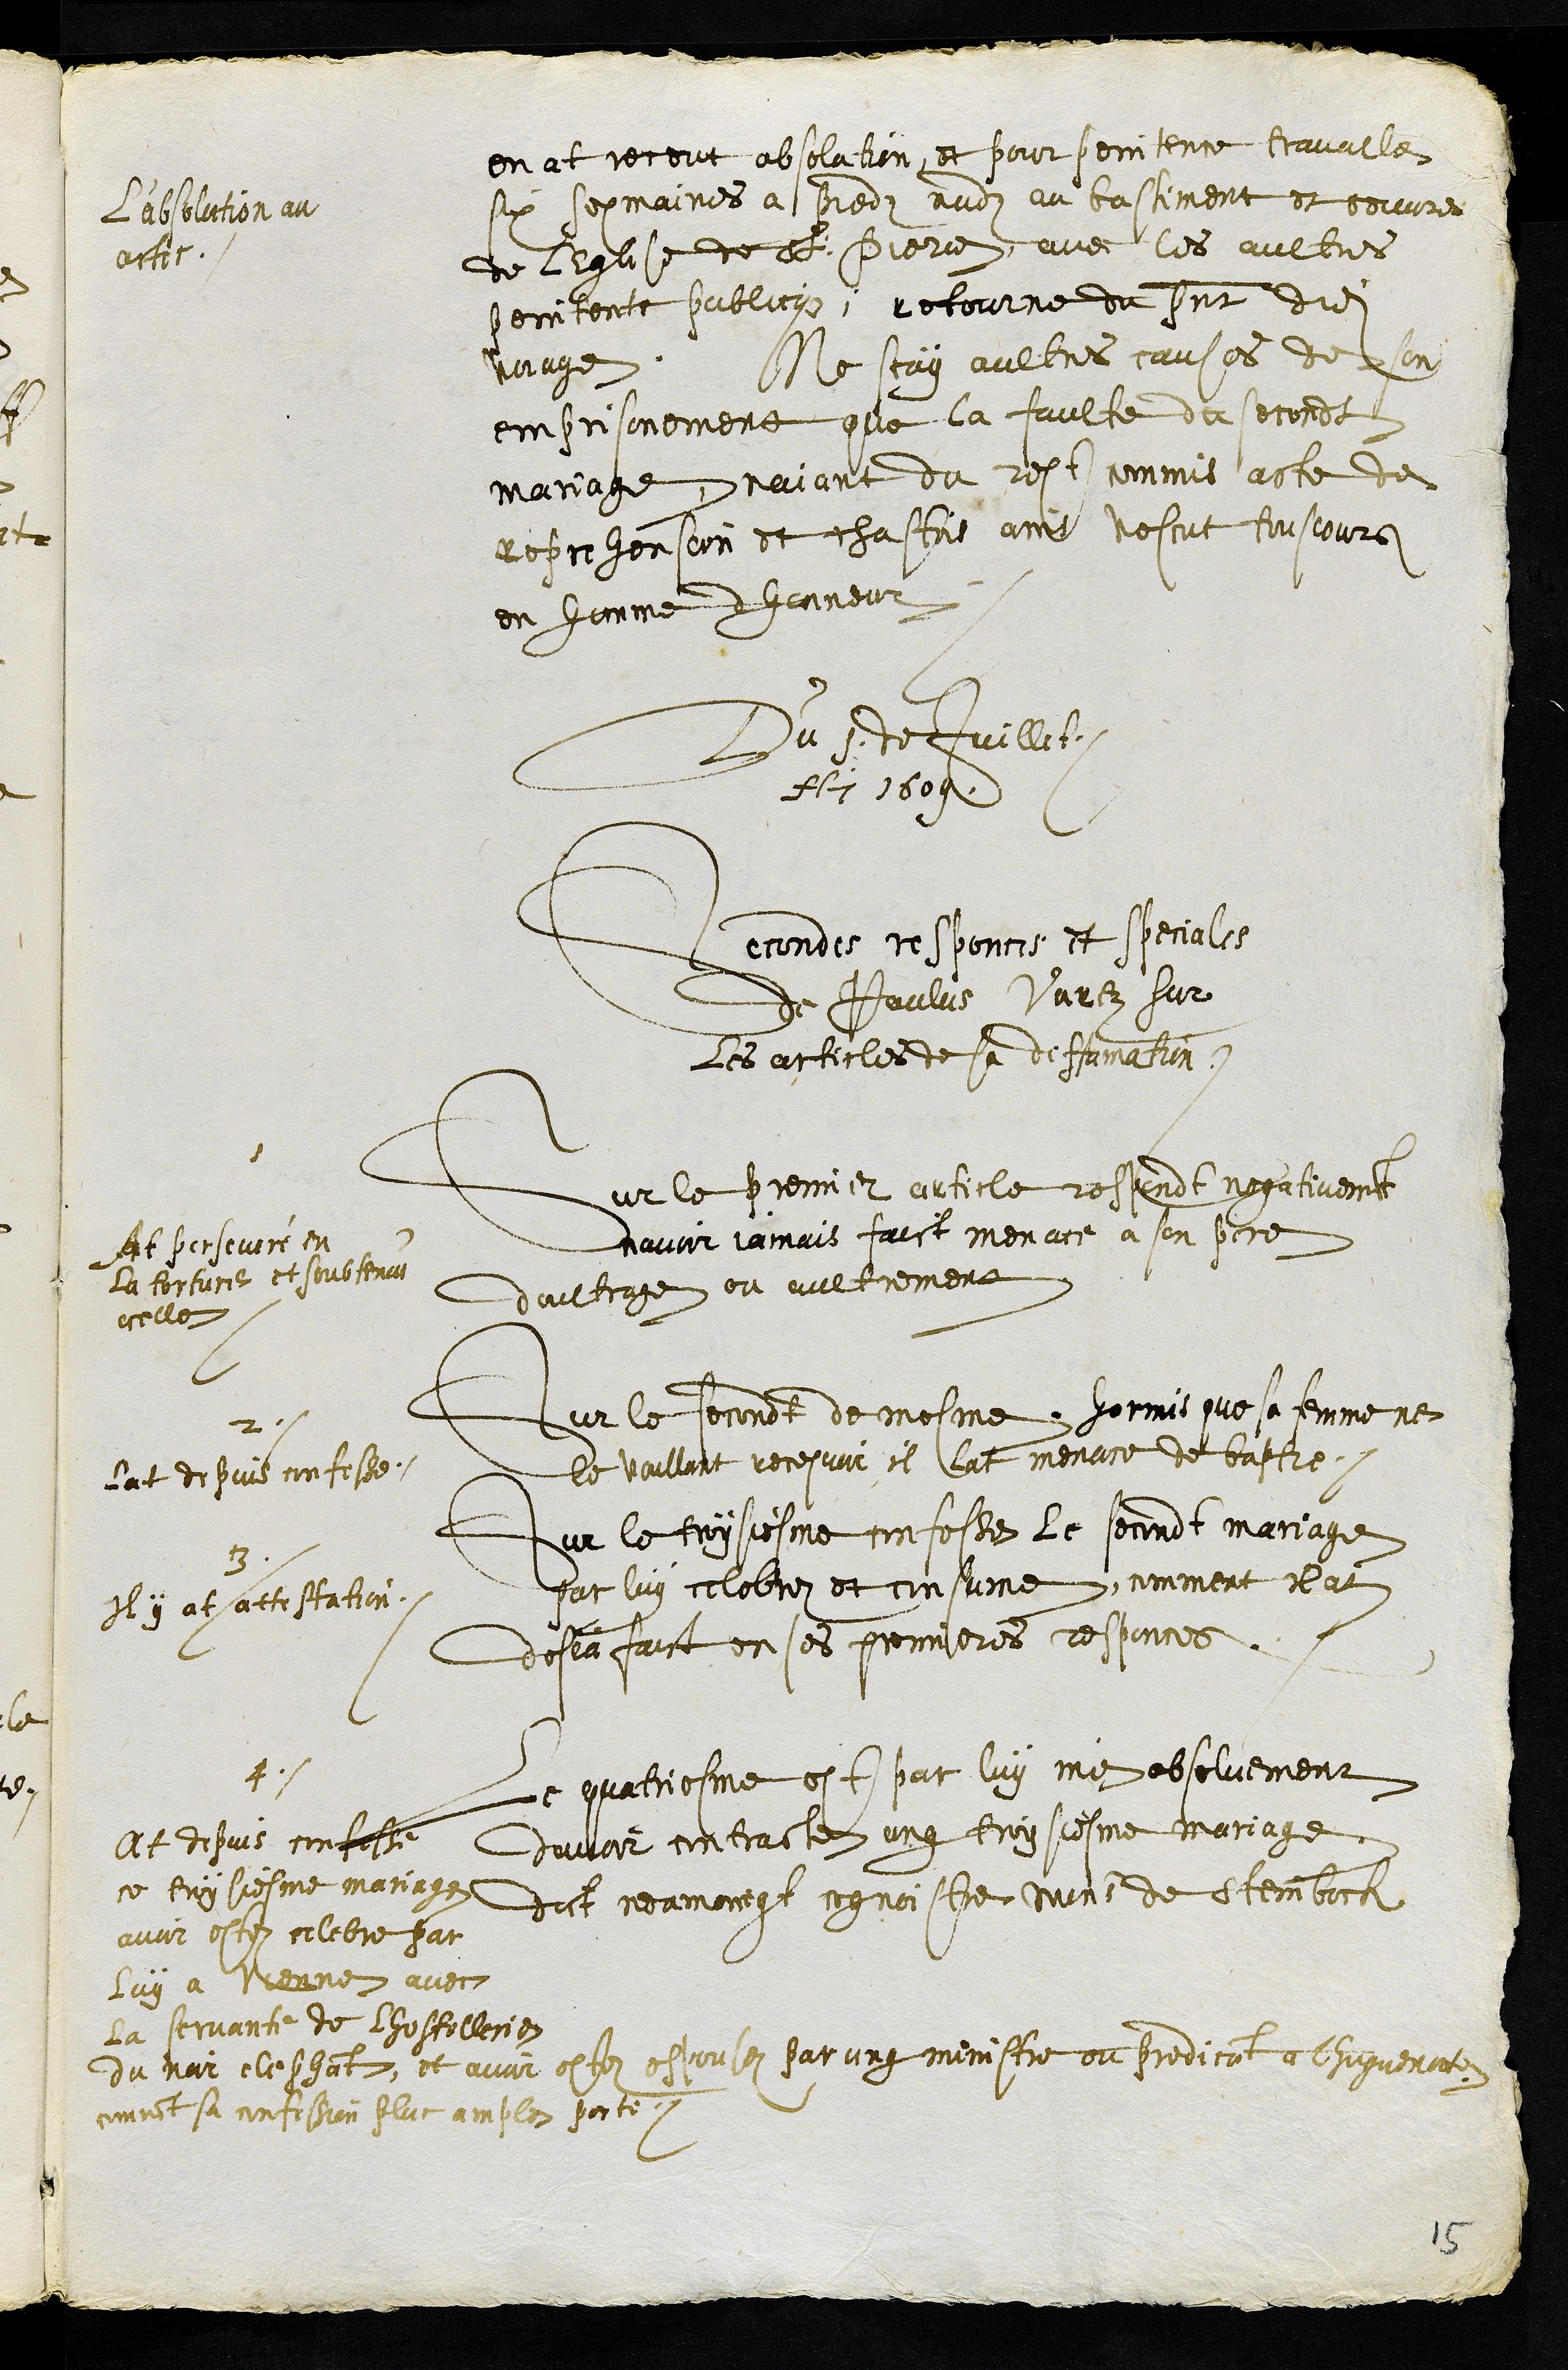
L'absolution au
actes
en at receut absolution, et pour penitence travallez
six sepmaines a piedz nudz au bastiment et oeuvre
de lEglise de St Pierre, avec les aultres
penitents publicqs, retourne du present dudit
voiage, Ne scay aultres causes de son
emprisonement que la faulte du secondt
mariage nayant du rest commis acte de
reprehension et chastois ains vescut tousjours
en homme dhonneur
Du 1 de Juillet
Ai 1609
Secondes responces et speciales
de Paulus Varez sur
Les articles de sa diffamation,
1
Sur le premier article respondt negativement
navoir jamais faict menace a son pere
doultrage ou aultrement
At perseveré en
la torture et soubtenu
icelle
2.
Sur le secondt de mesme hormis que sa femme ne
le voullant recepvoir il lat menace de baptre,
lat depuis confesse.
3
Sur le troysiesme confesse le secondt mariage
par luy celebrez et consume, comment il at
desja faict en ses premieres responces
Il y at attestation.
4
Le quatriesme est par luy nie absoluement
davoir contracte ung troysiesme mariage
dict neamoingt cognoistre monsieur de Steinbock
At depuis confesse
ce troysiesme mariage
avoir estez celebre par
luy a Vienne avec
La servante de lhostellerie
du noir elephant, et avoir estez espousez par ung ministre ou predicant a lhuguenotte
comment sa confession plus ample porte.
15